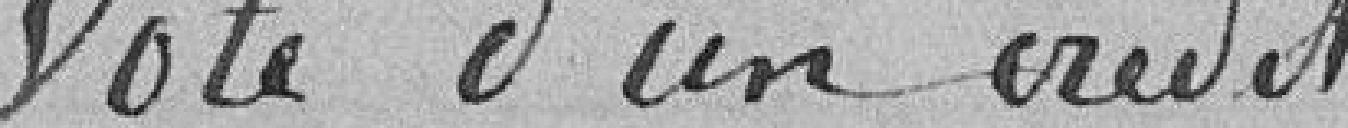
Vote d'un crédit